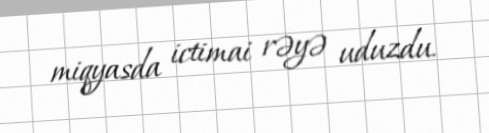
miqyasda ictimai rəyə uduzdu.